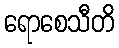
ရောစေသီတိ